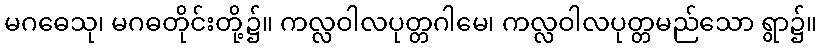
မဂဓေသု၊ မဂဓတိုင်းတို့၌။ ကလ္လဝါလပုတ္တဂါမေ၊ ကလ္လဝါလပုတ္တမည်သော ရွာ၌။